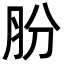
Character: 肦